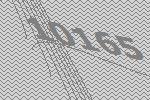
10165